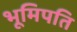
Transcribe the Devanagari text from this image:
भूमिपति